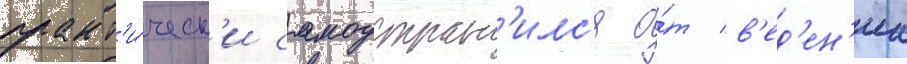
практ'и́ческ'и самоустран'илс'я о́т в'ед'ен'иа